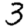
Digit: 3